Lunatic asylums Punjab 1911-1921 - 1911-1921
Year: 1911
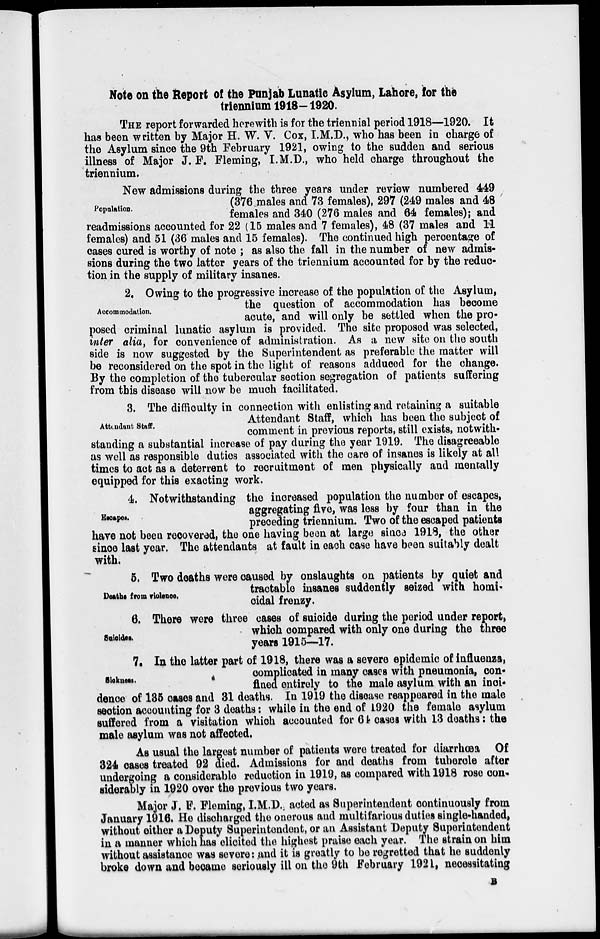
Note on the Report of the Punjab Lunatic Asylum, Lahore, for the
triennium 1918-1920.
THE report forwarded herewith is for the triennial period 1918—1920. It
has been written by Major H. W. V. Cox, I.M.D., who has been in charge of
the Asylum since the 9th February 1921, owing to the sudden and serious
illness of Major J. F. Fleming, I.M.D., who held charge throughout the
triennium.
Population.
New admissions during the three years under review numbered 449
(376 males and 73 females), 297 (249 males and 48
females and 340 (276 males and 64 females); and
readmissions accounted for 22 (15 males and 7 females), 48 (37 males and 11
females) and 51 (36 males and 15 females). The continued high percentage of
cases cured is worthy of note ; as also the fall in the number of new admis-
sions during the two latter years of the triennium accounted for by the reduc-
tion in the supply of military insanes.
Accommodation.
2. Owing to the progressive increase of the population of the Asylum,
the question of accommodation has become
acute, and will only be settled when the pro-
posed criminal lunatic asylum is provided. The site proposed was selected,
inter alia, for convenience of administration. As a new site on the south
side is now suggested by the Superintendent as preferable the matter will
be reconsidered on the spot in the light of reasons adduced for the change.
By the completion of the tubercular section segregation of patients suffering
from this disease will now be much facilitated.
Attendant Staff.
3. The difficulty in connection with enlisting and retaining a suitable
Attendant Staff, which has been the subject of
comment in previous reports, still exists, notwith-
standing a substantial increase of pay during the year 1919. The disagreeable
as well as responsible duties associated with the care of insanes is likely at all
times to act as a deterrent to recruitment of men physically and mentally
equipped for this exacting work.
Escapes.
4. Notwithstanding the increased population the number of escapes,
aggregating five, was less by four than in the
preceding triennium. Two of the escaped patients
have not been recovered, the one having been at large since 1918, the other
since last year. The attendants at fault in each case have been suitably dealt
with.
Deaths from violence.
5. Two deaths were caused by onslaughts on patients by quiet and
tractable insanes suddently seized with homi-
cidal frenzy.
Suicides.
6. There were three cases of suicide during the period under report ,
which compared with only one during the three
years 1915—17.
Sickness.
7. In the latter part of 1918, there was a severe epidemic of influenza,
complicated in many cases with pneumonia, con-
fined entirely to the male asylum with an inci-
dence of 135 cases and 31 deaths. In 1919 the disease reappeared in the male
section accounting for 3 deaths: while in the end of 1920 the female asylum
suffered from a visitation which accounted for 64 cases with 13 deaths: the
male asylum was not affected.
As usual the largest number of patients were treated for diarrhoea Of
324 cases treated 92 died. Admissions for and deaths from tubercle after
undergoing a considerable reduction in 1919, as compared with 1918 rose con-
siderably in 1920 over the previous two years.
Major J. F. Fleming, I.M.D., acted as Superintendent continuously from
January 1916. He discharged the onerous and multifarious duties single-handed,
without either a Deputy Superintendent, or an Assistant Deputy Superintendent
in a manner which has elicited the highest praise each year. The strain on him
without assistance was severe: and it is greatly to be regretted that he suddenly
broke down and became seriously ill on the 9th February 1921, necessitating
B